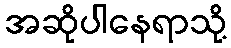
အဆိုပါနေရာသို့